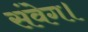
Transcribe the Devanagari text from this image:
संवेग।